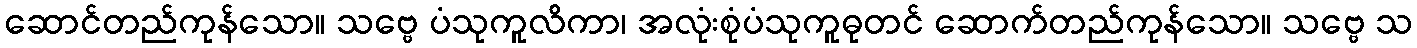
ဆောင်တည်ကုန်သော။ သဗ္ဗေ ပံသုကူလိကာ၊ အလုံးစုံပံသုကူဓုတင် ဆောက်တည်ကုန်သော။ သဗ္ဗေ သ